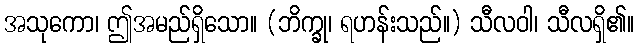
အသုကော၊ ဤအမည်ရှိသော။ (ဘိက္ခု၊ ရဟန်းသည်။) သီလဝါ၊ သီလရှိ၏။